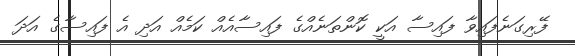
ފޭރިގަނެފައިވާ ފައިސާ އަކީ ކޮންތަނެއްގެ ފައިސާއެއް ކަމެއް އަދި އެ ފައިސާގެ އަދަ